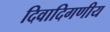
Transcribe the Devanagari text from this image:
दिवादिगणीय